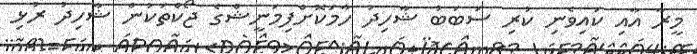
މީރާ އާއި ކައިވެނި ކުރި ސަބަބު ޝާހިދު ހާމަކޮށްފިމަނީޝްގެ ޖޯކްތަކުން ޝާހިދު ރުޅި